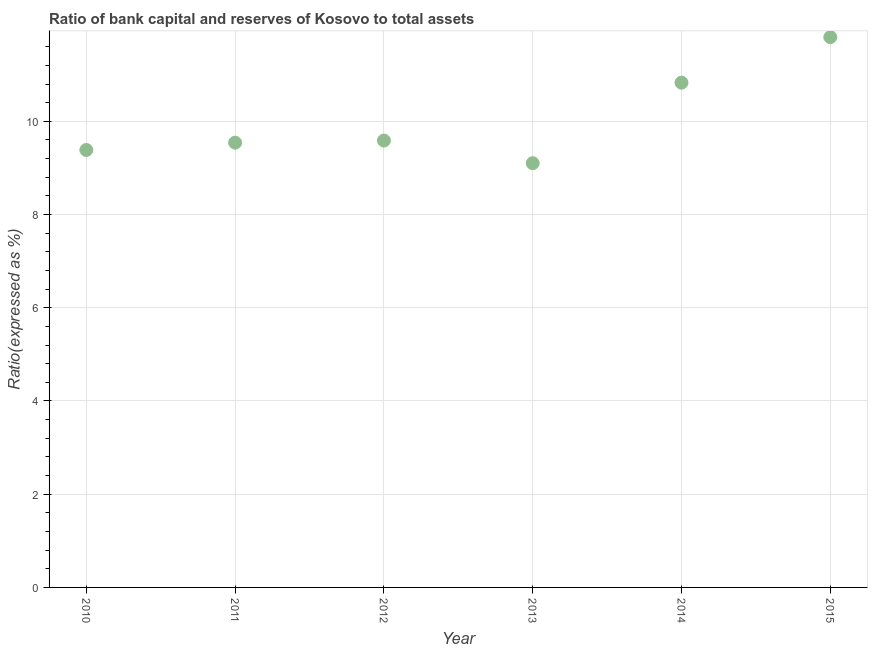
| Year | Bank capital to assets ratio |
 | --- | --- |
 | 2010 | 9.39 |
 | 2011 | 9.54 |
 | 2012 | 9.59 |
 | 2013 | 9.1 |
 | 2014 | 10.8 |
 | 2015 | 11.8 |